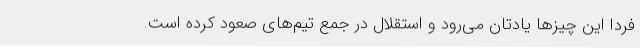
فردا این چیزها یادتان می‌رود و استقلال در جمع تیم‌های صعود کرده است.